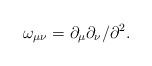
LaTeX: \begin{align*}\omega_{\mu\nu}= \partial_{\mu}\partial_{\nu}/\partial^{2}. \end{align*}